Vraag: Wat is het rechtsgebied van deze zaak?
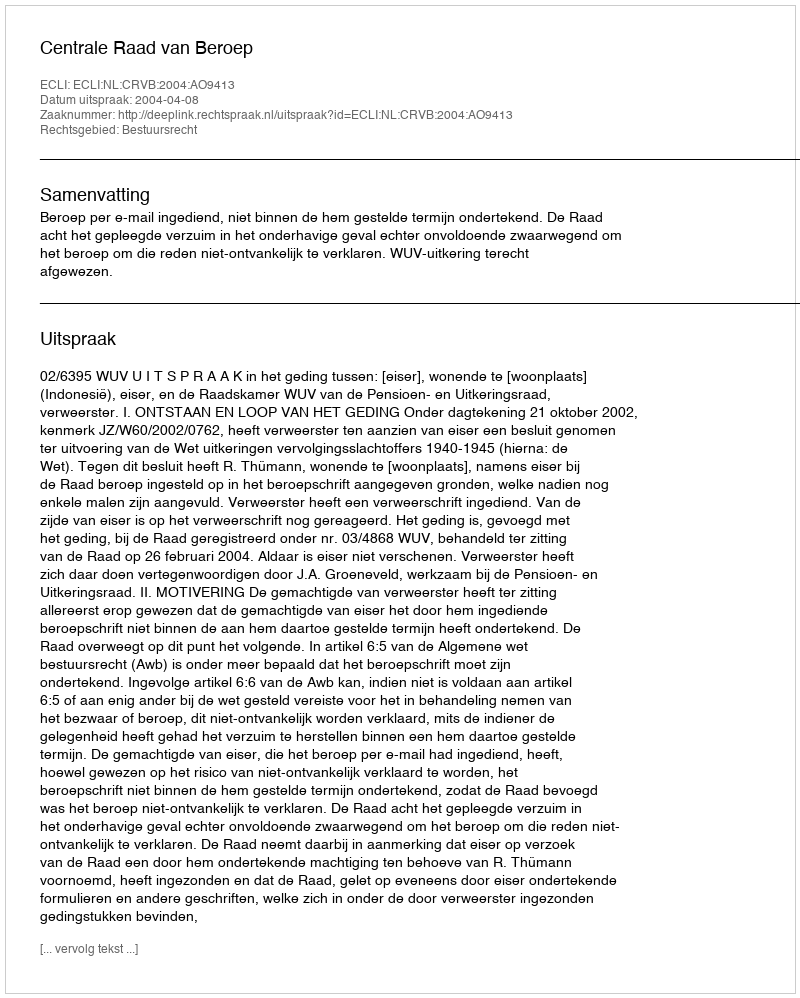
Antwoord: Bestuursrecht